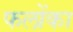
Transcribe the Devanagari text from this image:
फलोंका